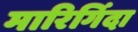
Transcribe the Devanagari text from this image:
मारिगिंदा